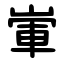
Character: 㟦